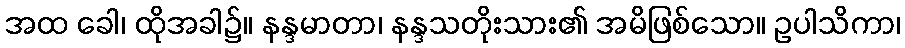
အထ ခေါ၊ ထိုအခါ၌။ နန္ဒမာတာ၊ နန္ဒသတိုးသား၏ အမိဖြစ်သော။ ဥပါသိကာ၊